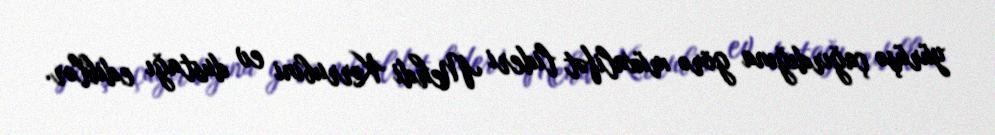
yürüşə çağırdığına görə müxalifət lideri Mehdi Kərrubini ev dustağı ediblər.